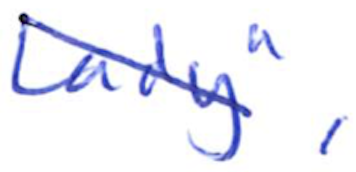
Text: Lady",
Cross-out: diagonal
Writing tool: ballpoint